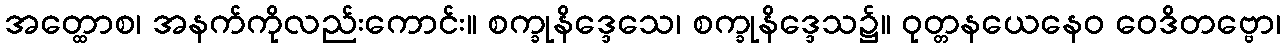
အတ္ထောစ၊ အနက်ကိုလည်းကောင်း။ စက္ခုနိဒ္ဒေသေ၊ စက္ခုနိဒ္ဒေသ၌။ ဝုတ္တနယေနေဝ ဝေဒိတဗ္ဗော၊